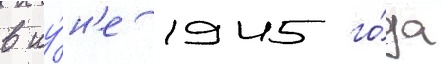
в иу́н'е 1945 го́да